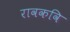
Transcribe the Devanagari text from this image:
रावकवि